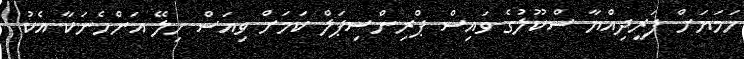
ހަމަޔަށް ފަރީދިއްޔާ ސްކޫލުގެ ވައިސް ޕްރިންސިޕަލް ކަމަށް ވިއަސް ހިލޭ އަންހެނަކާ އެކު